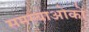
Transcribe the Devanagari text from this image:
समस्याओको